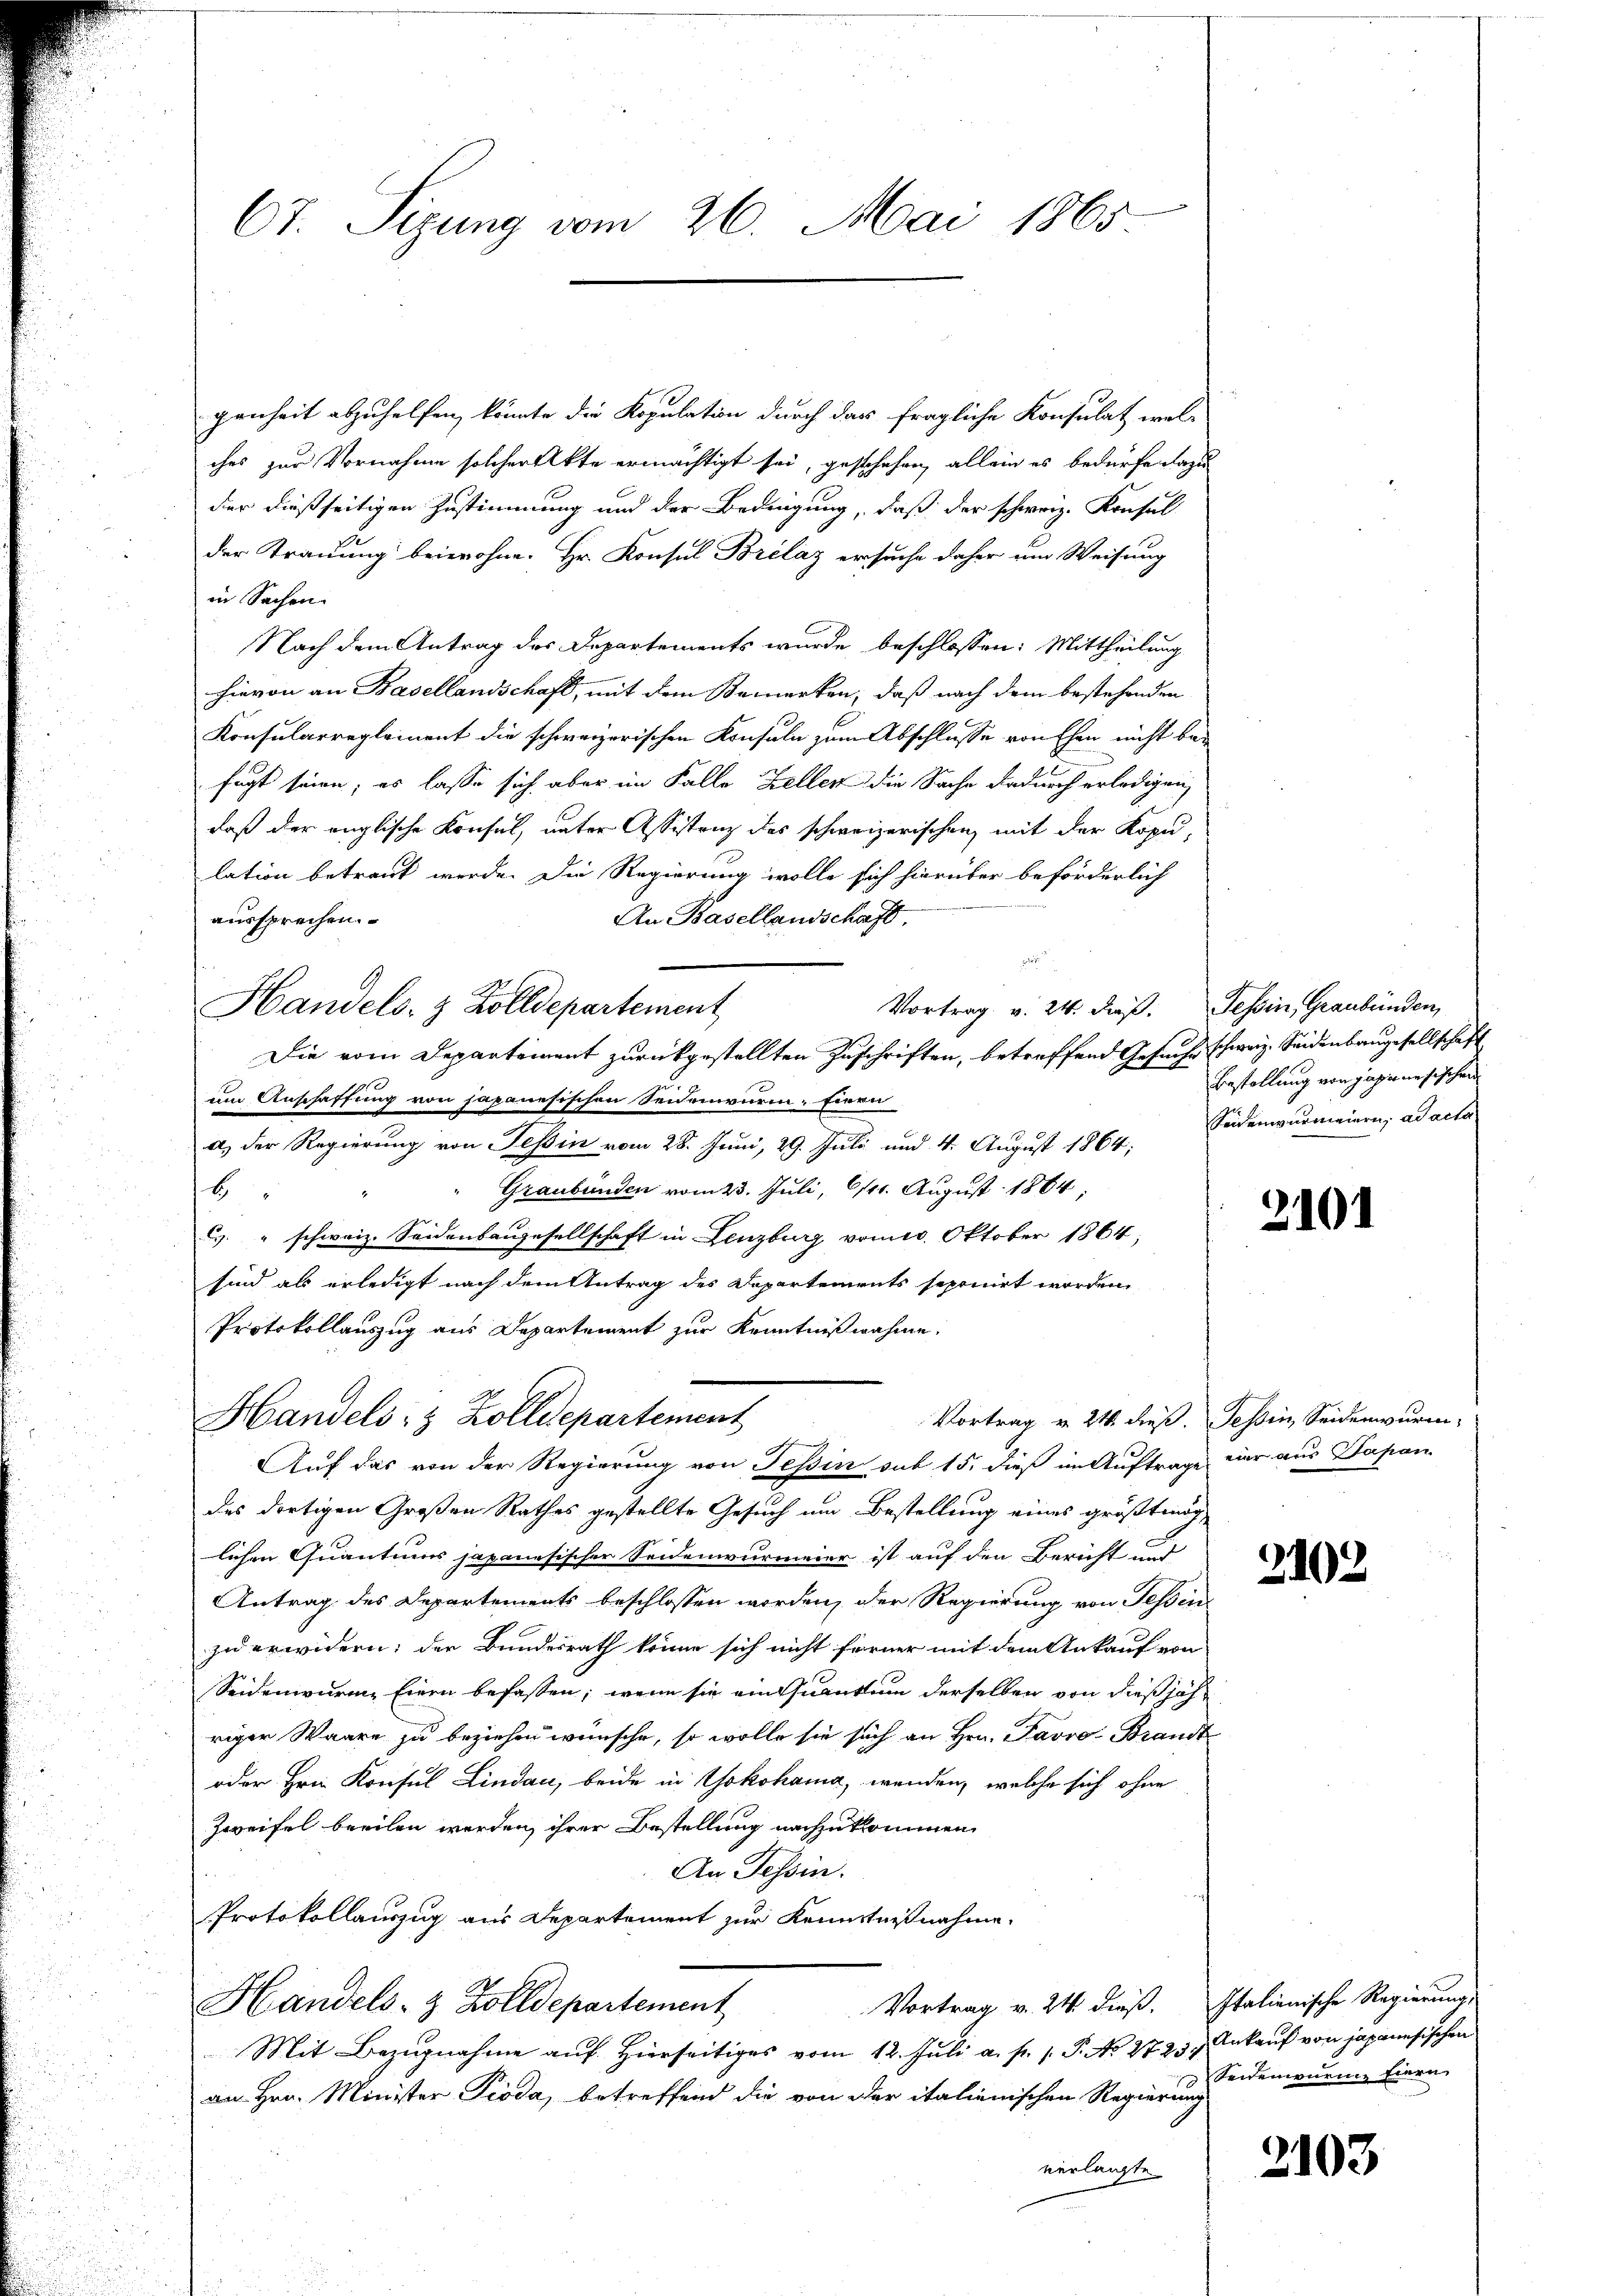
Ct. Sizung vom 26. Mai 1865

genheit abzuhelfen, könnte die Kopulation durch das fragliche Konsulat welches zur Vornahme solcher Akte ermächtigt sei, geschehen, allein es bedürfe dazu
der dießseitigen Zustimmung und der Bedingung, daß der schweiz. Konsul
der Trauung beiwohne. Hr. Konsul Brelaz ersuche daher um Weisung
in Sachen.
Nach dem Antrag des Departements wurde beschlossen: Mittheilung
hievon an Basellandschaft, mit dem Bemerken, daß nach dem bestehenden
Konsularreglement die schweizerischen Konsula zum Abschlusse von Ehen nicht be-
fügt seien; es lasse sich aber im Falle Zellen die Sache dadurch erledigen,
daß der englische Konsul, unter Assistanz des schweizerischen mit der Kopulation betraut werde. Die Regierung wolle sich hierüber beförderlich
aussprechen.
An Basellandschaft,
Handels- & Zolldepartement
Vortrag v. 24. dieβ. Tessin, Graubünden,
Die vom Departement zurückgestellten Zuschriften, betreffend Gesuche schweiz. Seidenbaugesellschaft
um Anschaffung von Japanesischen Seidenwurm- Einen
a.) Der Regierung von Teßin vom 28. Juni, 29. Juli und 4. August 1864;
Graubünden vom 23. Juli, 6111. August 1864;
b
. " schweiz. Seidenbaugesellschaft in Lenzburg vom 10. Oktober 1864;
sind als erledigt nach dem Antrag des Departements seponirt worden,
Protokollauszug aus Departement zur Kenntnißnahme:
Handels- & Zolldepartement
Vortrag v. 24. dieß. Tessin, Seidenwuren,
misch
Auf das von der Regierung von Teßin sub 15. dieß im Auftrage vier aus Dapon
des dortigen Großen Rathes gestellte Gesuch um Bestellung eines größtmög,
lichen Quantums japanesischer Seidenwurmeier ist auf den Bericht und
Antrag des Departements beschlossen worden, der Regierung von Tessin
zu erwidern; der Bundesrath könne sich nicht ferner mit dem Ankauf von
Seidenwurme Eiern befassen; wenn sie ein Quantum derselben von dießjähriger Waare zu beziehen wünsche, so wolle sie sich an Hrn. Favro: Brandt
oder Hrn. Konsul Lindau, beide in Yokohama, wenden, welche sich ohne
Zweifel beeilen werden, ihrer Bestellung nachzukommen
An Tessin.
Protokollauszug aus Departement zur Kenntnißnahme.
Vortrag v. 24. dieß. Italienische Regierung,
Handels- & Zolldepartement
Mit Bezugnahme auf Hierseitiges vom 12. Juli a. f. 1. P. No 2723 Ankauf von japanesischen
an Hrn. Minister Pioda, betreffend die von der italienischen Regierung
verlangte

Bestellung von Japanesischen
Seidenwurmaiern, ad acta

2101

2102

Seidenenenz Eiern

2103